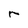
Character: r